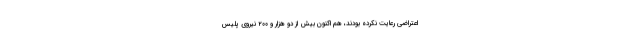
اعتراضی رعایت نکرده بودند، هم اکنون بیش از دو هزار و ۲۰۰ نیروی پلیس